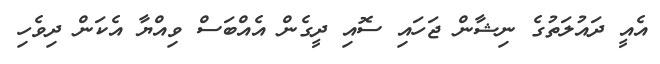
އެއީ ދައުލަތުގެ ނިޝާން ޖަހައި ސޮއި ދީގެން އެއްބަސް ވިއްޔާ އެކަން ދިވެހި